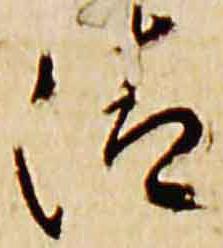
清